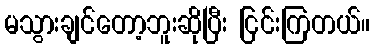
မသွားချင်တော့ဘူးဆိုပြီး ငြင်းကြတယ်။